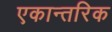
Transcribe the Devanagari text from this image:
एकान्तरिक